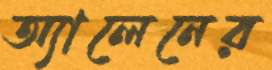
অ্যালেনের